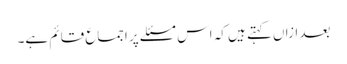
بعد ازاں کہتے ہیں کہ اس مسئلے پر اجماع قائم ہے۔